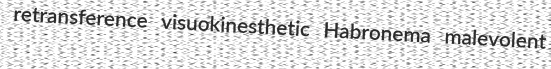
retransference visuokinesthetic Habronema malevolent